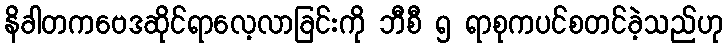
နိခါတကဗေဒဆိုင်ရာလေ့လာခြင်းကို ဘီစီ ၅ ရာစုကပင်စတင်ခဲ့သည်ဟု